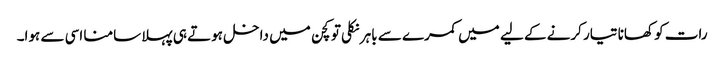
رات کو کھانا تیار کرنے کے لیے میں کمرے سے باہر نکلی تو کچن میں داخل ہوتے ہی پہلا سامنا اسی سے ہوا۔